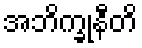
အဘိက္ခုနီတိ